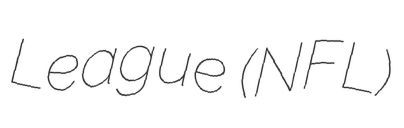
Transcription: League (NFL)